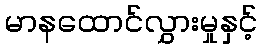
မာနထောင်လွှားမှုနှင့်